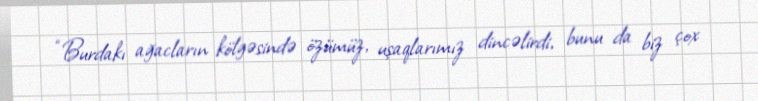
“Burdakı ağacların kölgəsində özümüz, uşaqlarımız dincəlirdi, bunu da biz çox